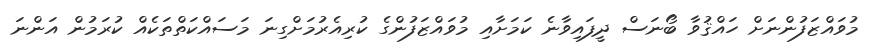
މުވައްޒަފުންނަށް ހައްޤުވާ ބޯނަސް ދީފައިވާނެ ކަމަށާއި މުވައްޒަފުންގެ ކުރިއެރުމަށްގިނަ މަސައްކަތްތަކެއް ކުރަމުން އަންނަ